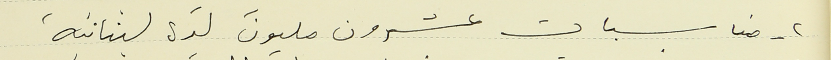
٢- مناسبات عشرون مليون ليرة لبنانية